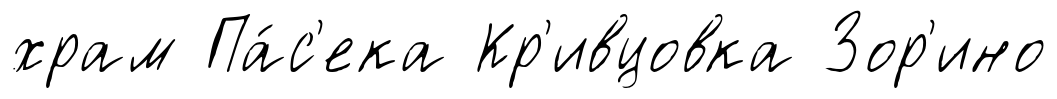
храм Па́с'ека Кр'ивцовка Зор'ино